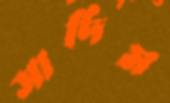
সাদিম